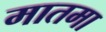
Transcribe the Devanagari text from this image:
मातमा